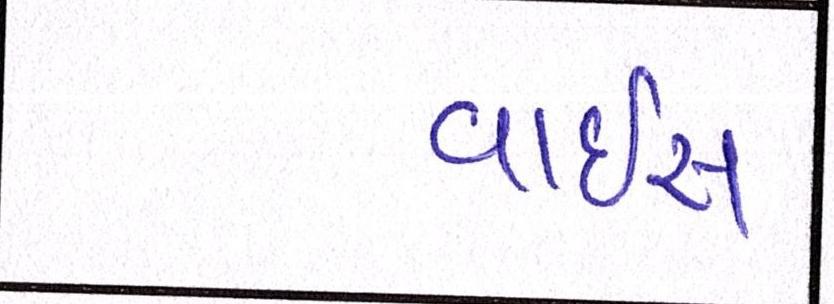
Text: વાઈસ